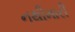
નથીમારી